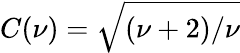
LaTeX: C(\nu)=\sqrt{(\nu+2)/\nu}